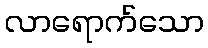
လာရောက်သော